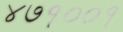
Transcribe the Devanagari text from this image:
४७१००१